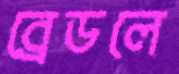
ব্রেডলে